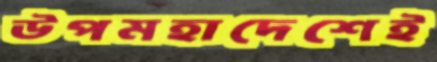
উপমহাদেশেই